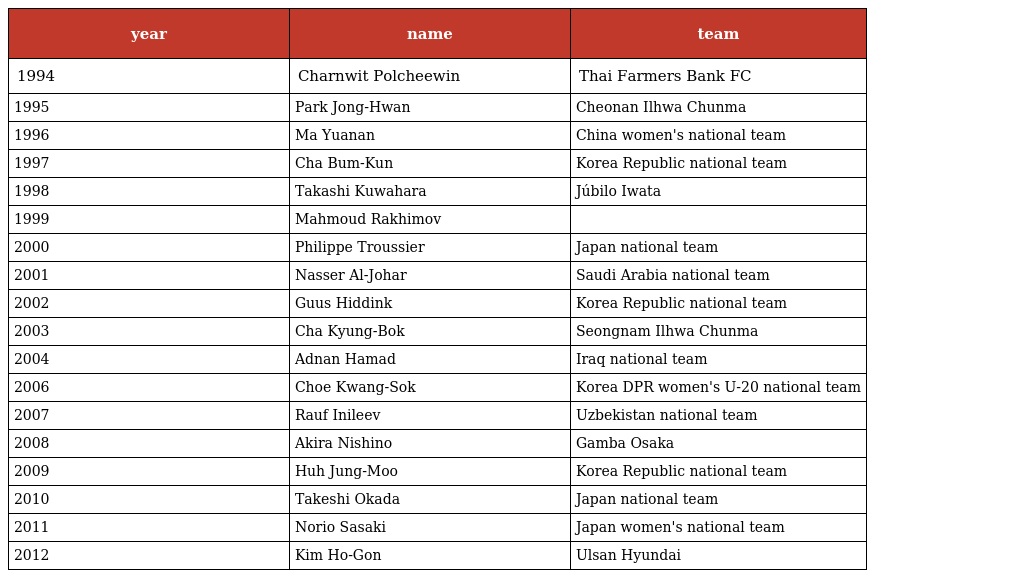
| year | name | team |
 | --- | --- | --- |
 | 1994 | Charnwit Polcheewin | Thai Farmers Bank FC |
 | 1995 | Park Jong-Hwan | Cheonan Ilhwa Chunma |
 | 1996 | Ma Yuanan | China women's national team |
 | 1997 | Cha Bum-Kun | Korea Republic national team |
 | 1998 | Takashi Kuwahara | Júbilo Iwata |
 | 1999 | Mahmoud Rakhimov |  |
 | 2000 | Philippe Troussier | Japan national team |
 | 2001 | Nasser Al-Johar | Saudi Arabia national team |
 | 2002 | Guus Hiddink | Korea Republic national team |
 | 2003 | Cha Kyung-Bok | Seongnam Ilhwa Chunma |
 | 2004 | Adnan Hamad | Iraq national team |
 | 2006 | Choe Kwang-Sok | Korea DPR women's U-20 national team |
 | 2007 | Rauf Inileev | Uzbekistan national team |
 | 2008 | Akira Nishino | Gamba Osaka |
 | 2009 | Huh Jung-Moo | Korea Republic national team |
 | 2010 | Takeshi Okada | Japan national team |
 | 2011 | Norio Sasaki | Japan women's national team |
 | 2012 | Kim Ho-Gon | Ulsan Hyundai |